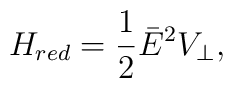
H_{red}=\frac{1}{2}\bar E^2 V_\perp,